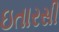
ઇતારસી